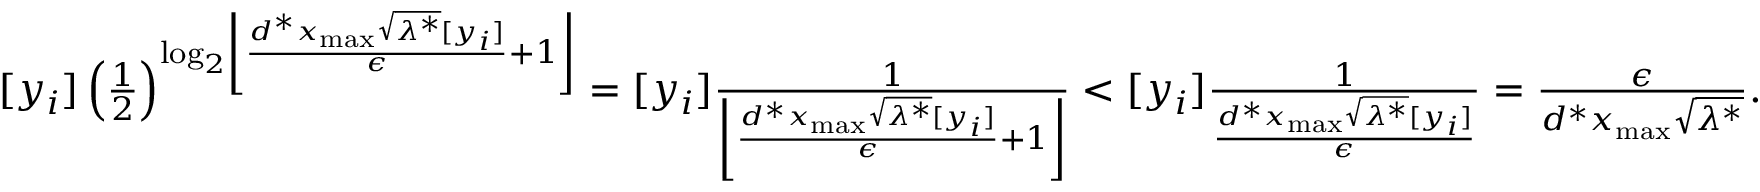
\begin{array} { r l r } & { } & { [ y _ { i } ] \left( \frac { 1 } { 2 } \right) ^ { \mathrm { l o g } _ { 2 } \left\lfloor \frac { d ^ { * } x _ { \operatorname* { m a x } } \sqrt { \lambda ^ { * } } [ y _ { i } ] } { \epsilon } + 1 \right\rfloor } = [ y _ { i } ] \frac { 1 } { \left\lfloor \frac { d ^ { * } x _ { \operatorname* { m a x } } \sqrt { \lambda ^ { * } } [ y _ { i } ] } { \epsilon } + 1 \right\rfloor } < [ y _ { i } ] \frac { 1 } { \frac { d ^ { * } x _ { \operatorname* { m a x } } \sqrt { \lambda ^ { * } } [ y _ { i } ] } { \epsilon } } = \frac { \epsilon } { d ^ { * } x _ { \operatorname* { m a x } } \sqrt { \lambda ^ { * } } } . } \end{array}